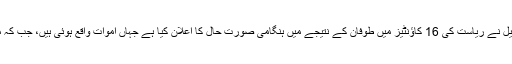
جارجیا کے گورنر، نتھن ڈئیل نے ریاست کی 16 کاؤنٹیز میں طوفان کے نتیجے میں ہنگامی صورت ِحال کا اعلان کیا ہے جہاں اموات واقع ہوئی ہیں، جب کہ متعدد افراد زخمی ہوئے ہیں۔